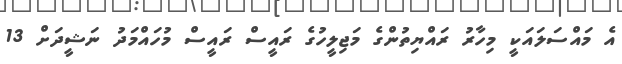
އެ މައްސަަލައަކީ މިހާރު ރައްޔިތުންގެ މަޖިލީހުގެ ރައީސް ރައީސް މުހައްމަދު ނަޝީދަށް 13